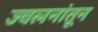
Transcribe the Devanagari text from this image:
ज्वलनांतून